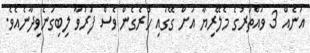
އަނެއް 3 ވައްތަރުގެ މެލޭރިޔާ އަށް ގޭގައި ހުރެގެން ވެސް ފަރުވާ ލިބިގަނެވިދާނެއެވެ.